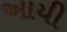
આયી